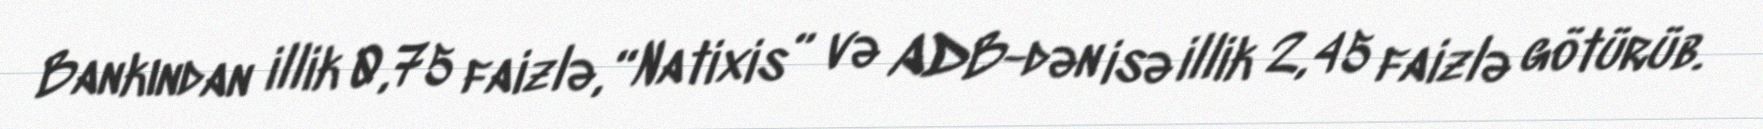
Bankından illik 0,75 faizlə, “Natixis” və ADB-dən isə illik 2,45 faizlə götürüb.